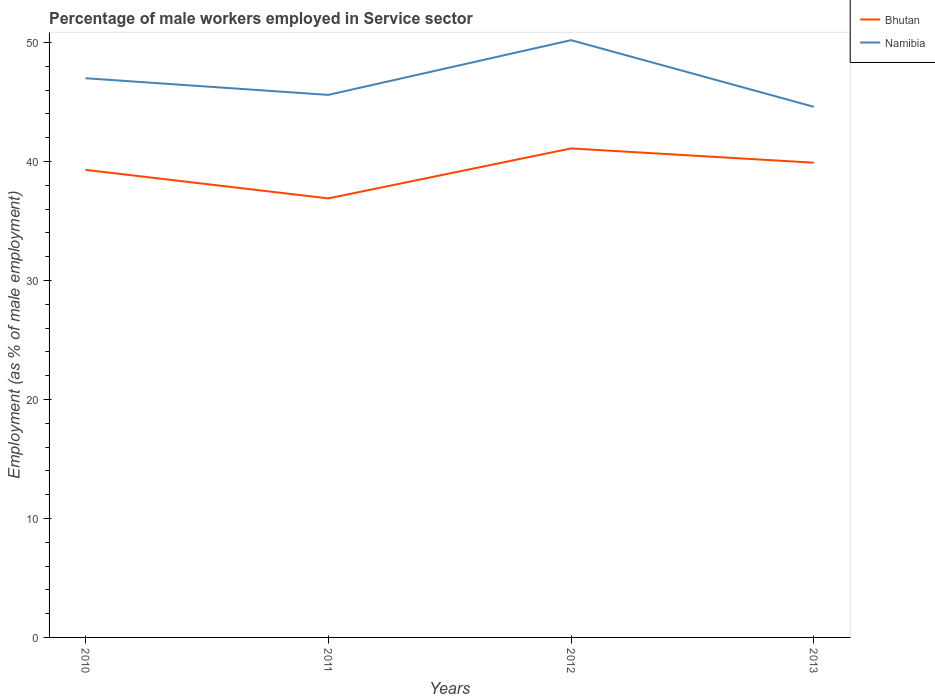
| Years | Bhutan | Namibia |
 | --- | --- | --- |
 | 2010 | 39.3 | 47 |
 | 2011 | 36.9 | 45.6 |
 | 2012 | 41.1 | 50.2 |
 | 2013 | 39.9 | 44.6 |